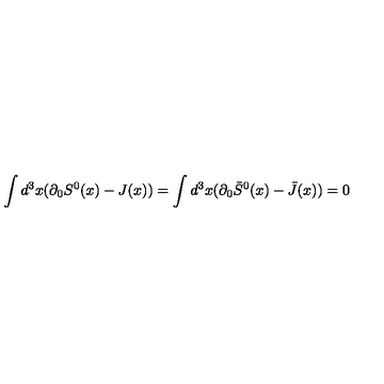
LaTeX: \int d ^ { 3 } x ( \partial _ { 0 } S ^ { 0 } ( x ) - J ( x ) ) = \int d ^ { 3 } x ( \partial _ { 0 } \bar { S } ^ { 0 } ( x ) - \bar { J } ( x ) ) = 0